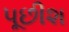
પૂછીશ